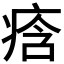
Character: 𭼒